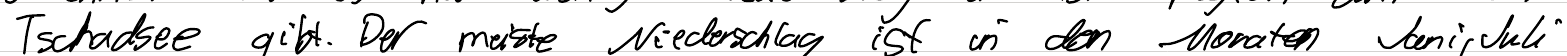
Tschadsee gibt. Der meiste Niederschlag ist in den Monaten Juni, Juli